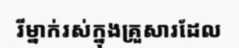
រីម្នាក់រស់ក្នុងគ្រួសារដែល